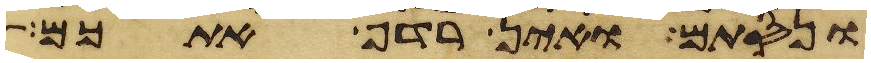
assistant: ונסתם ואין רדף אתכם